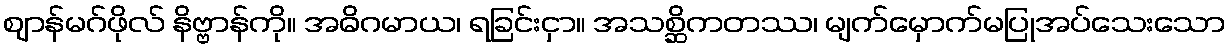
ဈာန်မဂ်ဖိုလ် နိဗ္ဗာန်ကို။ အဓိဂမာယ၊ ရခြင်းငှာ။ အသစ္ဆိကတဿ၊ မျက်မှောက်မပြုအပ်သေးသော